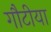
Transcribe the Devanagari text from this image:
गौटीया